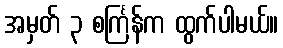
အမှတ် ၃ စင်္ကြန်က ထွက်ပါမယ်။